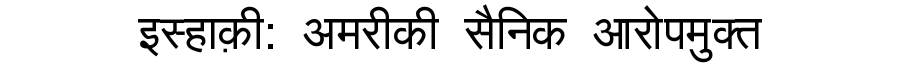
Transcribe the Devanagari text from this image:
इस्हाक़ी: अमरीकी सैनिक आरोपमुक्त